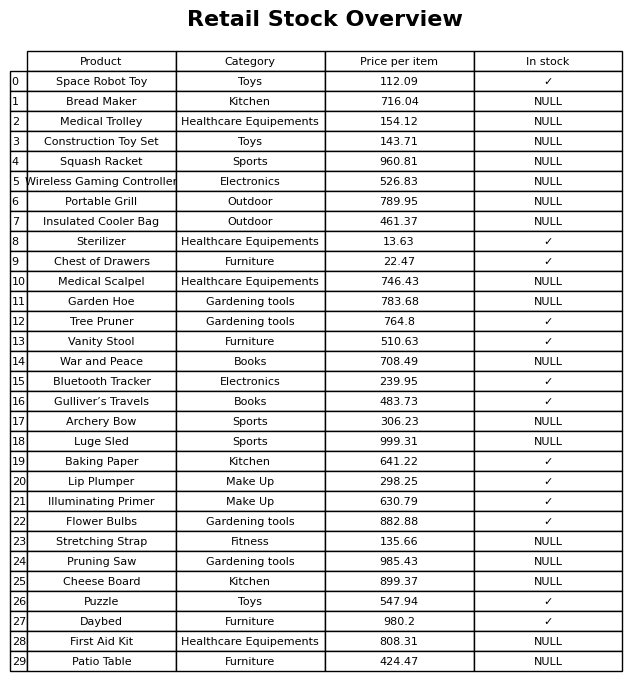
question: What is the price for Stretching Strap?
answer: The price of Stretching Strap is 135.66.